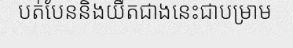
បត់បែននិងយឺតជាងនេះជាបម្រាម